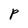
Character: P